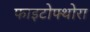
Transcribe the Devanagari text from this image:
फाइटोफ्थोरा